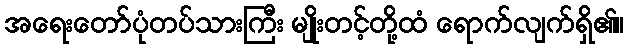
အရေးတော်ပုံတပ်သားကြီး မျိုးတင့်တို့ထံ ရောက်လျက်ရှိ၏။